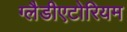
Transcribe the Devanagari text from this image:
ग्लैडीएटोरियम